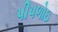
પીપળોઇ